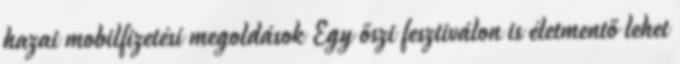
hazai mobilfizetési megoldások Egy őszi fesztiválon is életmentő lehet